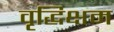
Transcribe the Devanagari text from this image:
वृद्धिक्षम